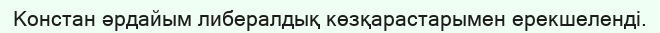
Констан әрдайым либералдық көзқарастарымен ерекшеленді.